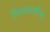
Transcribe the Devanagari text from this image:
विलयनसीमा